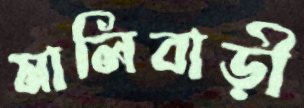
মালিবাড়ী